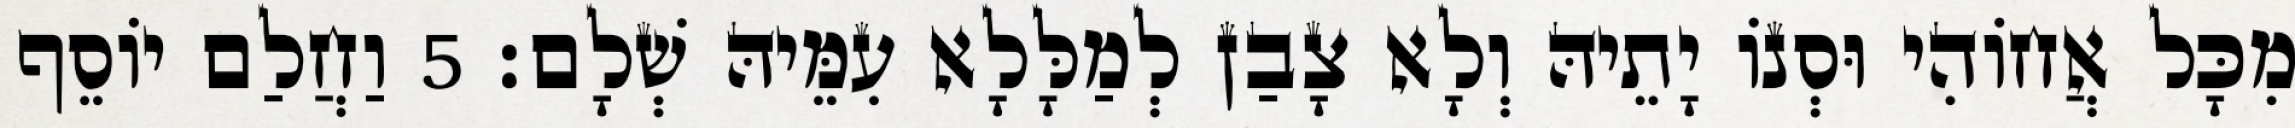
מִכָּל אֲחוֹהִי וּסְנוֹ יָתֵיהּ וְלָא צָבַן לְמַלָּלָא עִמֵּיהּ שְׁלָם׃ 5 וַחֲלַם יוֹסֵף